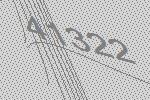
41322